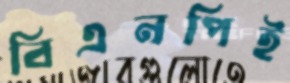
বিএনপিই